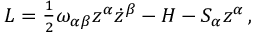
\begin{array} { r } { L = \frac { 1 } { 2 } \omega _ { \alpha \beta } z ^ { \alpha } \dot { z } ^ { \beta } - H - S _ { \alpha } { z } ^ { \alpha } \, , } \end{array}